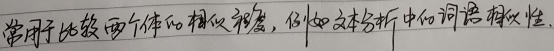
常用于比较两个体的相似程度，例如文本分析中的词语相似性.